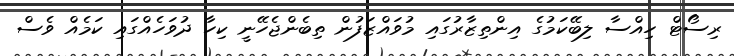
ރިސޯޓް ހިއްސާ ލިބޭކަމުގެ އިންތިޒާރުގައި މުވައްޒަފުން ތިބެންޖެހޭނީ ކިހާ ދުވަހެއްގައި ކަމެއް ވެސް